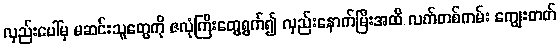
လှည်းပေါ်မှ မဆင်းသူတွေကို ဇလုံကြီးတွေရွက်၍ လှည်းနောက်မြီးအထိ လက်တစ်ကမ်း ကျွေးတတ်